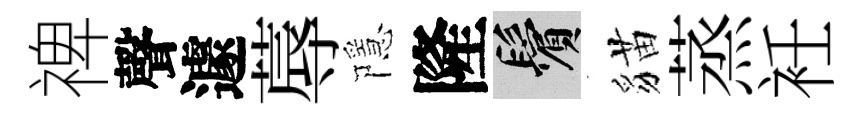
禆聲遽蓐隱隆鬢貓蒸衽